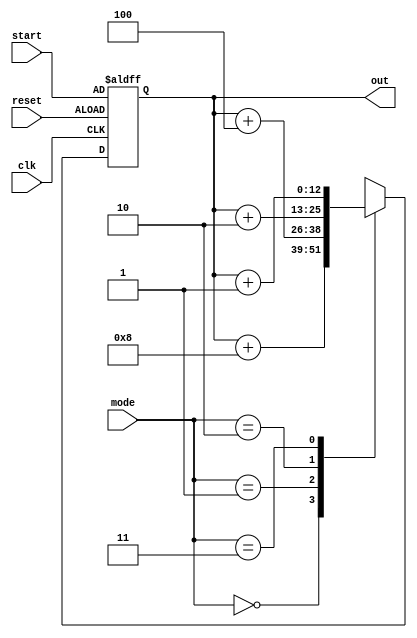
`timescale 1ns / 1ps
//////////////////////////////////////////////////////////////////////////////////
// Company: 
// Engineer: 
// 
// Design Name: 
// Module Name: sine_gen
// Project Name: 
// Target Devices: 
// Tool Versions: 
// Description: 
// 
// Dependencies: 
// 
// Revision:
// Revision 0.01 - File Created
// Additional Comments:
// 
//////////////////////////////////////////////////////////////////////////////////
module counter(
    input reset,
    input[1:0] mode,
    input[12:0] start,
    input clk,
    output reg[12:0] out
    );
    
   
   always @(posedge clk or posedge reset) begin
   if (reset)
    out <= start;
   else if (out == 8192)
    out <= 0;
   else
   case(mode)
    2'b00: out<=out+8; 
    2'b01: out<=out+4; 
    2'b10: out<=out+2; 
    2'b11: out<=out+1; 
    endcase
   end    
 
         
endmodule


module sine_gen(input clk, reset, input [1:0] samp_freq, input [2:0] phase_sh, output reg [15:0] wave_out);

parameter SIZE = 8192;

reg [15:0] lut [SIZE-1:0];
reg [12:0] phase [7:0];

initial begin
    $readmemh("E:/project_2/project_2.srcs/sources_1/new/sine_lut.mem"  ,lut);
    $readmemh("E:/project_2/project_2.srcs/sources_1/new/phase_lut.mem"  ,phase); 
    
end  


wire [12:0] counter_start ; 
wire [12:0] i;

assign counter_start = phase[phase_sh];

counter dut_1(.reset(reset),
              .clk(clk),
              .mode(samp_freq),
              .start(counter_start),
              .out(i));       

always @ *
begin
    wave_out <= lut[i];
end

endmodule